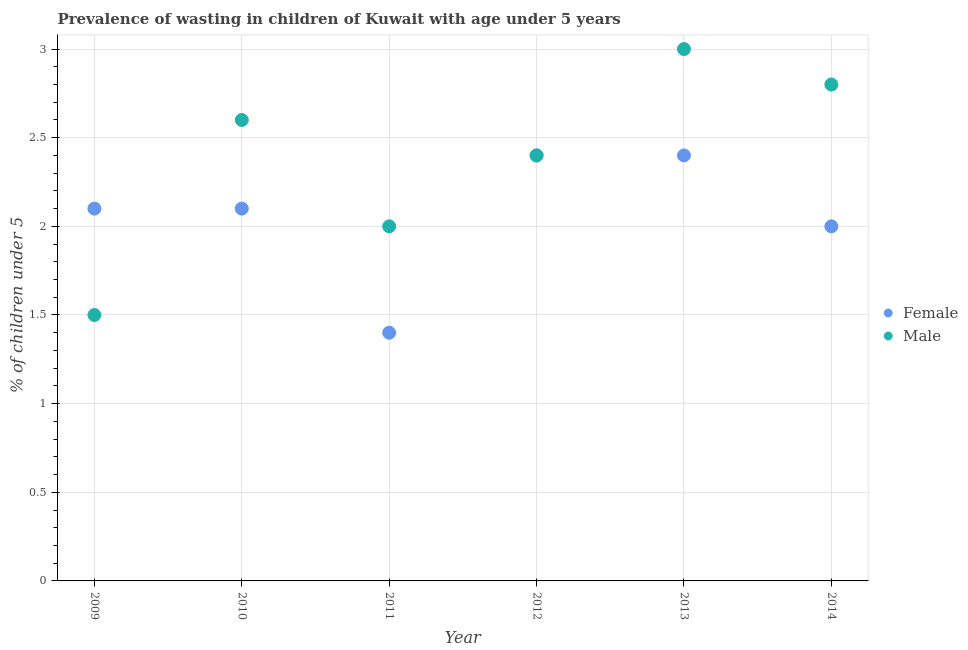
| Year | Female | Male |
 | --- | --- | --- |
 | 2009 | 2.1 | 1.5 |
 | 2010 | 2.1 | 2.6 |
 | 2011 | 1.4 | 2 |
 | 2012 | 2.4 | 2.4 |
 | 2013 | 2.4 | 3 |
 | 2014 | 2 | 2.8 |